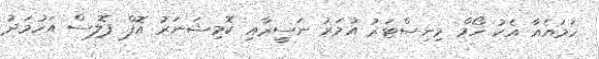
ހަމައެއާ އެކު ހޯމް މިނިސްޓަރު އުމަރު ނަސީރާއި ކޮމިޝަނަރު އޮފް ޕޮލިސް އަހުމަދު